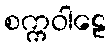
စက္ကဝါဠေ